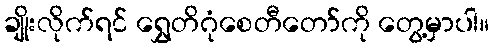
ချိုးလိုက်ရင် ရွှေတိဂုံစေတီတော်ကို တွေ့မှာပါ။